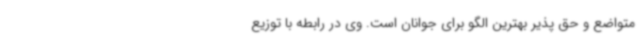
متواضع و حق پذیر بهترین الگو برای جوانان است. وی در رابطه با توزیع